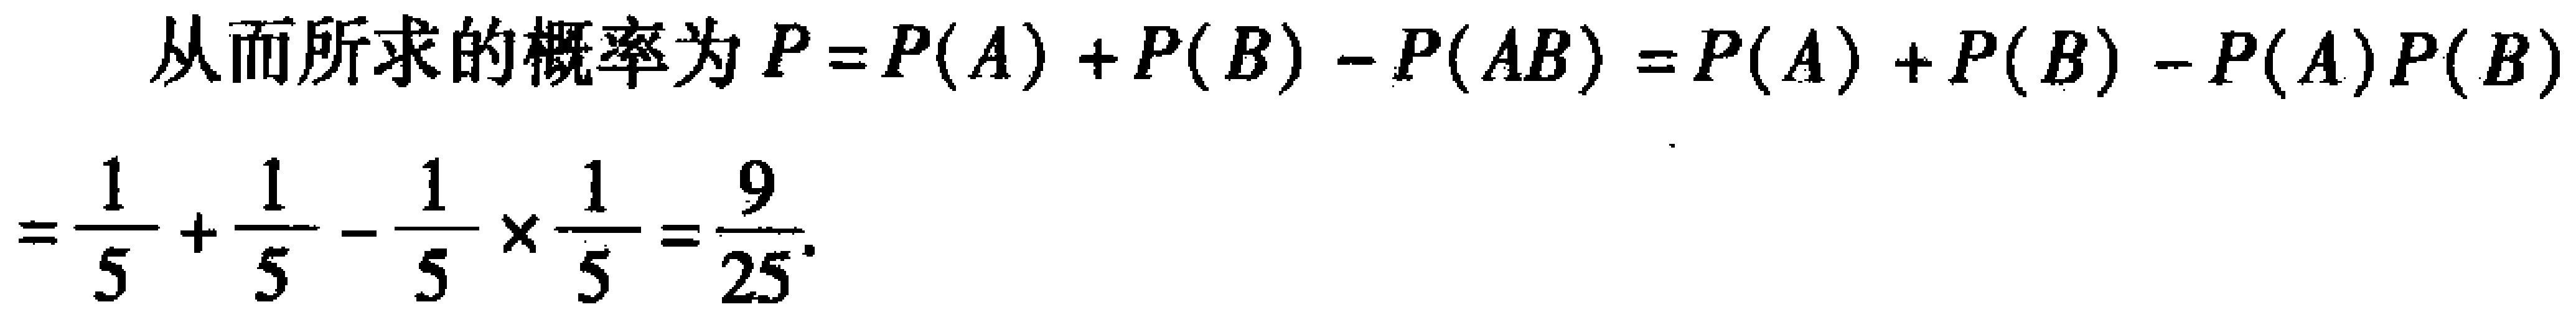
从而所求的概率为\(P = P(A)+P(B)-P(AB)=P(A)+P(B)-P(A)P(B)\)

\(=\frac{1}{5}+\frac{1}{5}-\frac{1}{5}\times\frac{1}{5}=\frac{9}{25}\)。